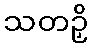
သတဉှိ